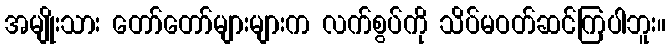
အမျိုးသား တော်တော်များများက လက်စွပ်ကို သိပ်မဝတ်ဆင်ကြပါဘူး။